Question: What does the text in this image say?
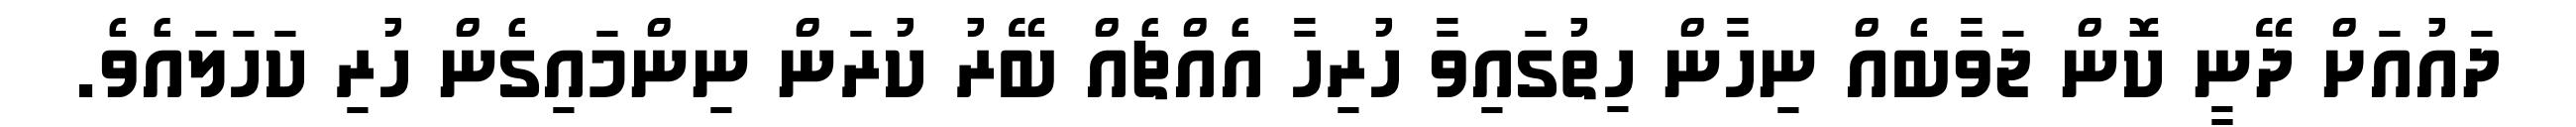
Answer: ދައުއަށް ދޭނީ ކޮން ޖަވާބެއް ނިހާން ހިތުގައިވާ ހުރިހާ އެއްޗެއް ބޭރު ކުރަން ނިންމައިގެން ހުރި ކަހަލައެވެ.